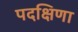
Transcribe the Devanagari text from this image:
पदक्षिणा